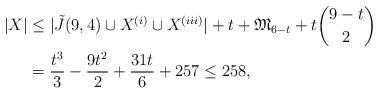
LaTeX: \begin{align*}|X|& \leq |\tilde{J}(9,4) \cup X^{(i)}\cup X^{(iii)}|+t+\mathfrak{M}_{6-t}+t \binom{9-t}{2}\\&= \frac{t^3}{3}-\frac{9 t^2}{2}+\frac{31 t}{6}+257\leq 258,\end{align*}